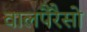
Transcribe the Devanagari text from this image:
वालपैरैसो